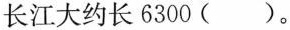
长江大约长 6300 ( )。